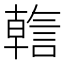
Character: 𬢺